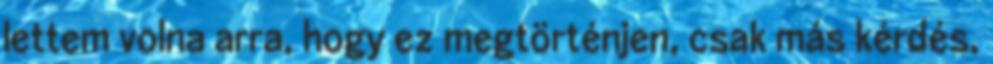
lettem volna arra, hogy ez megtörténjen, csak más kérdés,